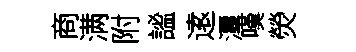
商满附謐逺潭嘆熒